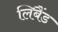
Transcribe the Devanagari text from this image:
लिबैंड